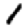
Digit: 1